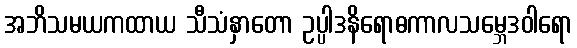
အဘိသမယကထာယ သီသံနှာတော ဥပ္ပါဒနိရောဓကာလသမ္ဘေဒဝါရော